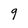
Character: 9